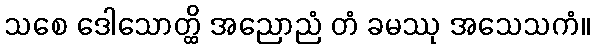
သစေ ဒေါသောတ္ထိ အညောညံ တံ ခမဿု အသေသကံ။